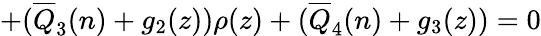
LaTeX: +(\overline{{{Q}}}_{3}(n)+g_{2}(z))\rho(z)+(\overline{{{Q}}}_{4}(n)+g_{3}(z))=0